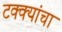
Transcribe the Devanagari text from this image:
टक्क्यांचा